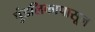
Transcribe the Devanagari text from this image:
पुंडलिकापासून